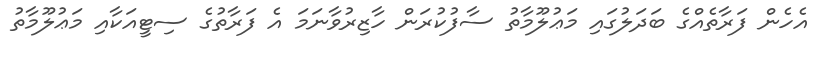
އެހެން ފަރާތެއްގެ ބަދަލުގައި މަޢުލޫމާތު ސާފުކުރަން ހާޒިރުވާނަމަ އެ ފަރާތުގެ ސިޓީއަކާއި މަޢުލޫމާތު